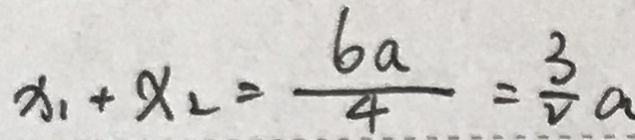
x _ { 1 } + x _ { 2 } = \frac { 6 a } { 4 } = \frac { 3 } { 2 } a